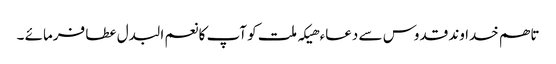
تاھم خدا وند قدوس سے دعاء ھیکہ ملت کو آپ کا نعم البدل عطا فرمائے ۔